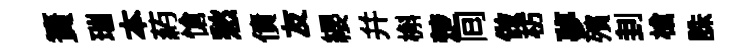
簣瑞本葯愴愁債友纓并槲楚囘做枋夢殯刲槍誅